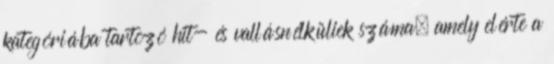
kategóriába tartozó hit- és vallásnélküliek száma, amely elérte a